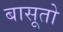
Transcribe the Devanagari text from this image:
बासूतो